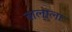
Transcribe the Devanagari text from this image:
वालाला